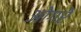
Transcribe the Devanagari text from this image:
ओगरे